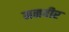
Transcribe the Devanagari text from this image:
मनवीर